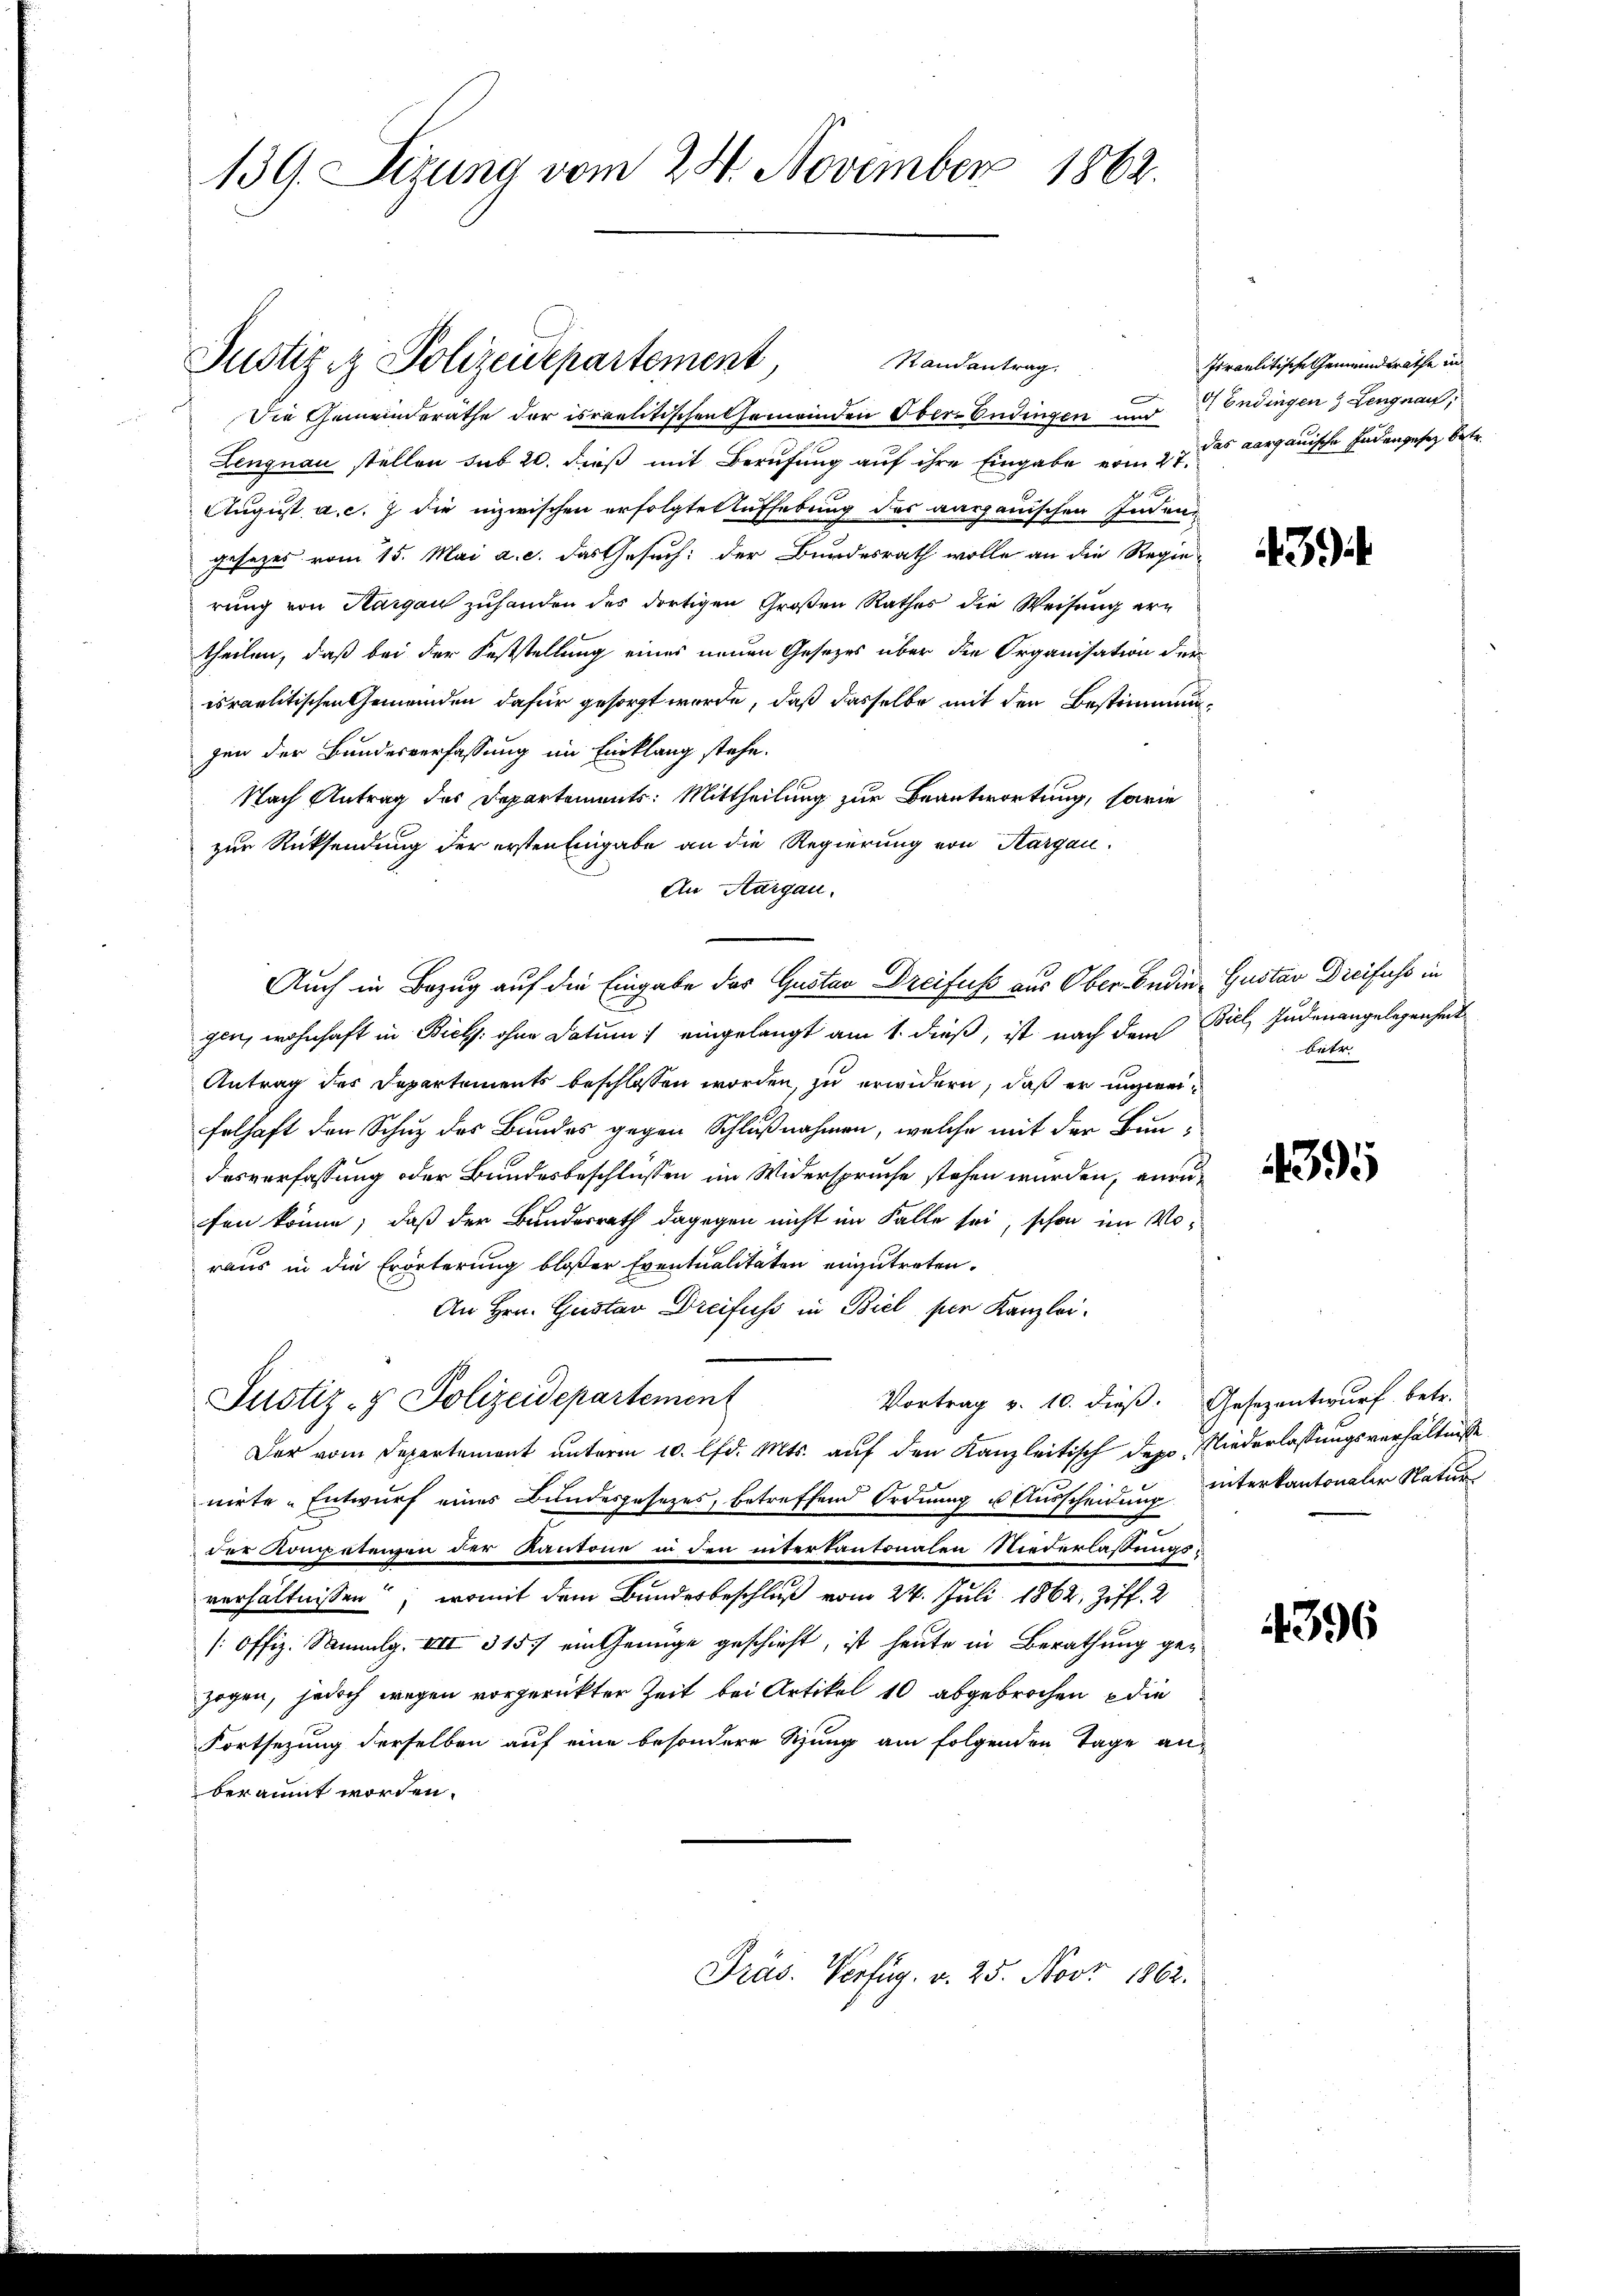
139. Sizung vom 24. November 1862.

Justiziz Polizeidepartement,

Randantrag
Die Gemeinderathe der israelitischen Gemeinden Ober-Endingen und Endingen & Lengnau,
Lengnau stellen sub 20. dieß mit Berufung auf ihre Eingabe vom 27. des aargauische Endengesez betr.
x
August, a. c. 7 die inzwischen erfolgte Aufhebung des aargauischen Indengesezes vom 15. Mai a. c. das Gesuch: der Bundesrath wolle an die Regie-
rung von Hargau zuhanden des dortigen Großen Rathes die Weisung ertheilen, daß bei der Feststellung einer neuen Gesetzes über die Organisation der
israelitischen Gemeinden dafür gesorgt wurde, daß dasselbe mit den Bestimmung
gen der Bundesverfassung im Einklang stehe.
Nach Antrag des Departements: Mittheilung zur Beantwortung, sowie
zur Rücksendung der ersten Eingabe an die Regierung von Kargau.
An Aargau.
Auch in Bezug auf die Eingabe des Gustav Dreifuss aus Ober Bedingen, wohnhaft in Biel ohne Datum) eingelangt am 1. dieß, ist nach dem Biel, Judenangelegenheit
Antrag des Departements beschlossen worden, zu erwidern, daß er unzweifelhaft den Schutz des Bundes gegen Schlußnahmen, welche mit der Bun-
desverfassung oder Bundesbeschlüssen im Widerspruche stehen würden, anzufen könne; daß der Bundesrath dagegen nicht im Falle sei, schon im Voraus in die Erörterung bloßer Eventualitäten einzutreten.
An Hrn. Gustav Dreifuss in Biel, per Kanzlei.
Justiz- & Polizeidepartement
Vortrag v. 10. dieß. Gesezentwurf betr.
Der vom Departement unterm 10. lfd. Mts. auf den Kanzleitisch des Niederlassungsverhältnisse
nirte Entwurf eines Bundesgesezes, betreffend Ordnung u Ausscheidung
der Kompetenzen der Kantone in den interkantonalen Niederlassungs-
verhältnissen; womit dem Bundesbeschluß vom 24. Juli 1862, Ziff. 2
/: Offiz. Sammlg. XIII 315. ein Genüge geschieht, ist heute in Berathung gezogen, jedoch wegen vorgerückter Zeit bei Artikel 10 abgebrochen die
Fortsetzung derselben auf eine besondere Sitzung am folgenden Tage anberäumt worden.

Präs. Verfüg. v. 25. Nov. 1862.

Israelitische Gemeindsräthe in

39

Gustav Dreifuss in
betr

4395

interkantonaler Natur

396